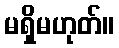
မရှိမဟုတ်။